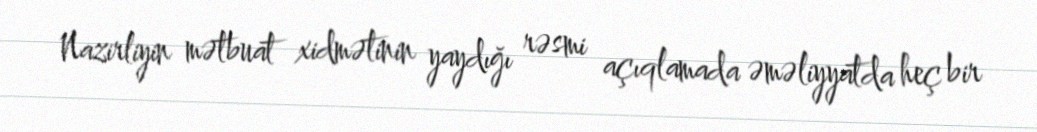
Nazirliyin mətbuat xidmətinin yaydığı rəsmi açıqlamada əməliyyatda heç bir